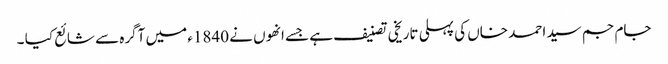
جام جم سید احمد خاں کی پہلی تاریخی تصنیف ہے جسے انھوں نے 1840ء میں آگرہ سے شائع کیا ۔